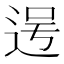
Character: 𮞐